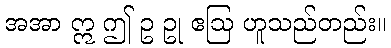
အအာ ဣ ဤ ဥ ဥု ဧဩ ဟူသည်တည်း။